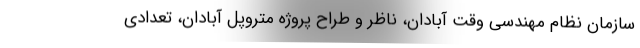
سازمان نظام مهندسی وقت آبادان، ناظر و طراح پروژه متروپل آبادان، تعدادی